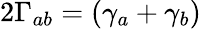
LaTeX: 2\Gamma_{ab}=(\gamma_{a}+\gamma_{b})